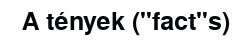
A tények ("fact"s)